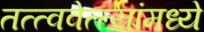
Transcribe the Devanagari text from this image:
तत्त्ववेत्त्यांमध्ये